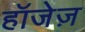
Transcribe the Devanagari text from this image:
हॉजेज़